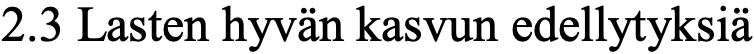
2.3 Lasten hyvän kasvun edellytyksiä